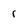
Character: r